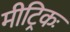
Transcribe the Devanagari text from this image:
मीट्रिकः